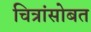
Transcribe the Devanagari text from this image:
चित्रांसोबत